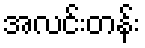
အလင်းတန်း